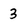
Character: 3